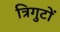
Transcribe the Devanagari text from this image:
त्रिगुटों